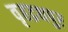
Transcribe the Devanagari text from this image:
वृहद्रथपुर